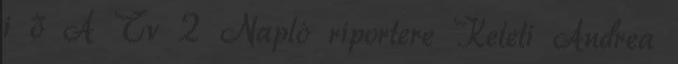
i ő A Tv 2 Napló riportere Keleti Andrea